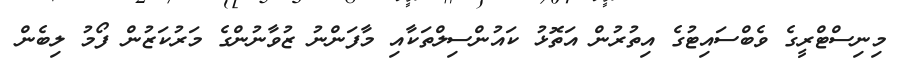
މިނިސްޓްރީގެ ވެބްސައިޓުގެ އިތުރުން އަތޮޅު ކައުންސިލްތަކާއި މާފަންނު ޒުވާނުންގެ މަރުކަޒުން ފޯމު ލިބެން